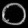
Digit: ၀